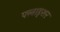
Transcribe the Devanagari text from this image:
फ्लाइशर